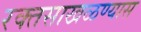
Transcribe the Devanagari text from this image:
रक्तसाखळण्यास